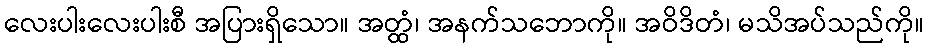
လေးပါးလေးပါးစီ အပြားရှိသော။ အတ္ထံ၊ အနက်သဘောကို။ အဝိဒိတံ၊ မသိအပ်သည်ကို။